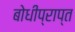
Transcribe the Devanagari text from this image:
बोधीप्राप्त